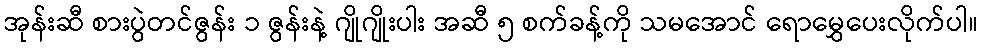
အုန်းဆီ စားပွဲတင်ဇွန်း ၁ ဇွန်းနဲ့ ဂျိုဂျိုးပါး အဆီ ၅ စက်ခန့်ကို သမအောင် ရောမွှေပေးလိုက်ပါ။